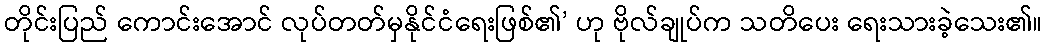
တိုင်းပြည် ကောင်းအောင် လုပ်တတ်မှနိုင်ငံရေးဖြစ်၏’ ဟု ဗိုလ်ချုပ်က သတိပေး ရေးသားခဲ့သေး၏။